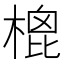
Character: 㮰